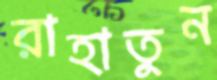
রাহাতুন